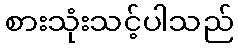
စားသုံးသင့်ပါသည်